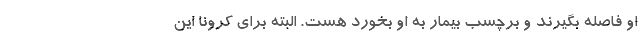
او فاصله بگیرند و برچسب بیمار به او بخورد هست. البته برای کرونا این